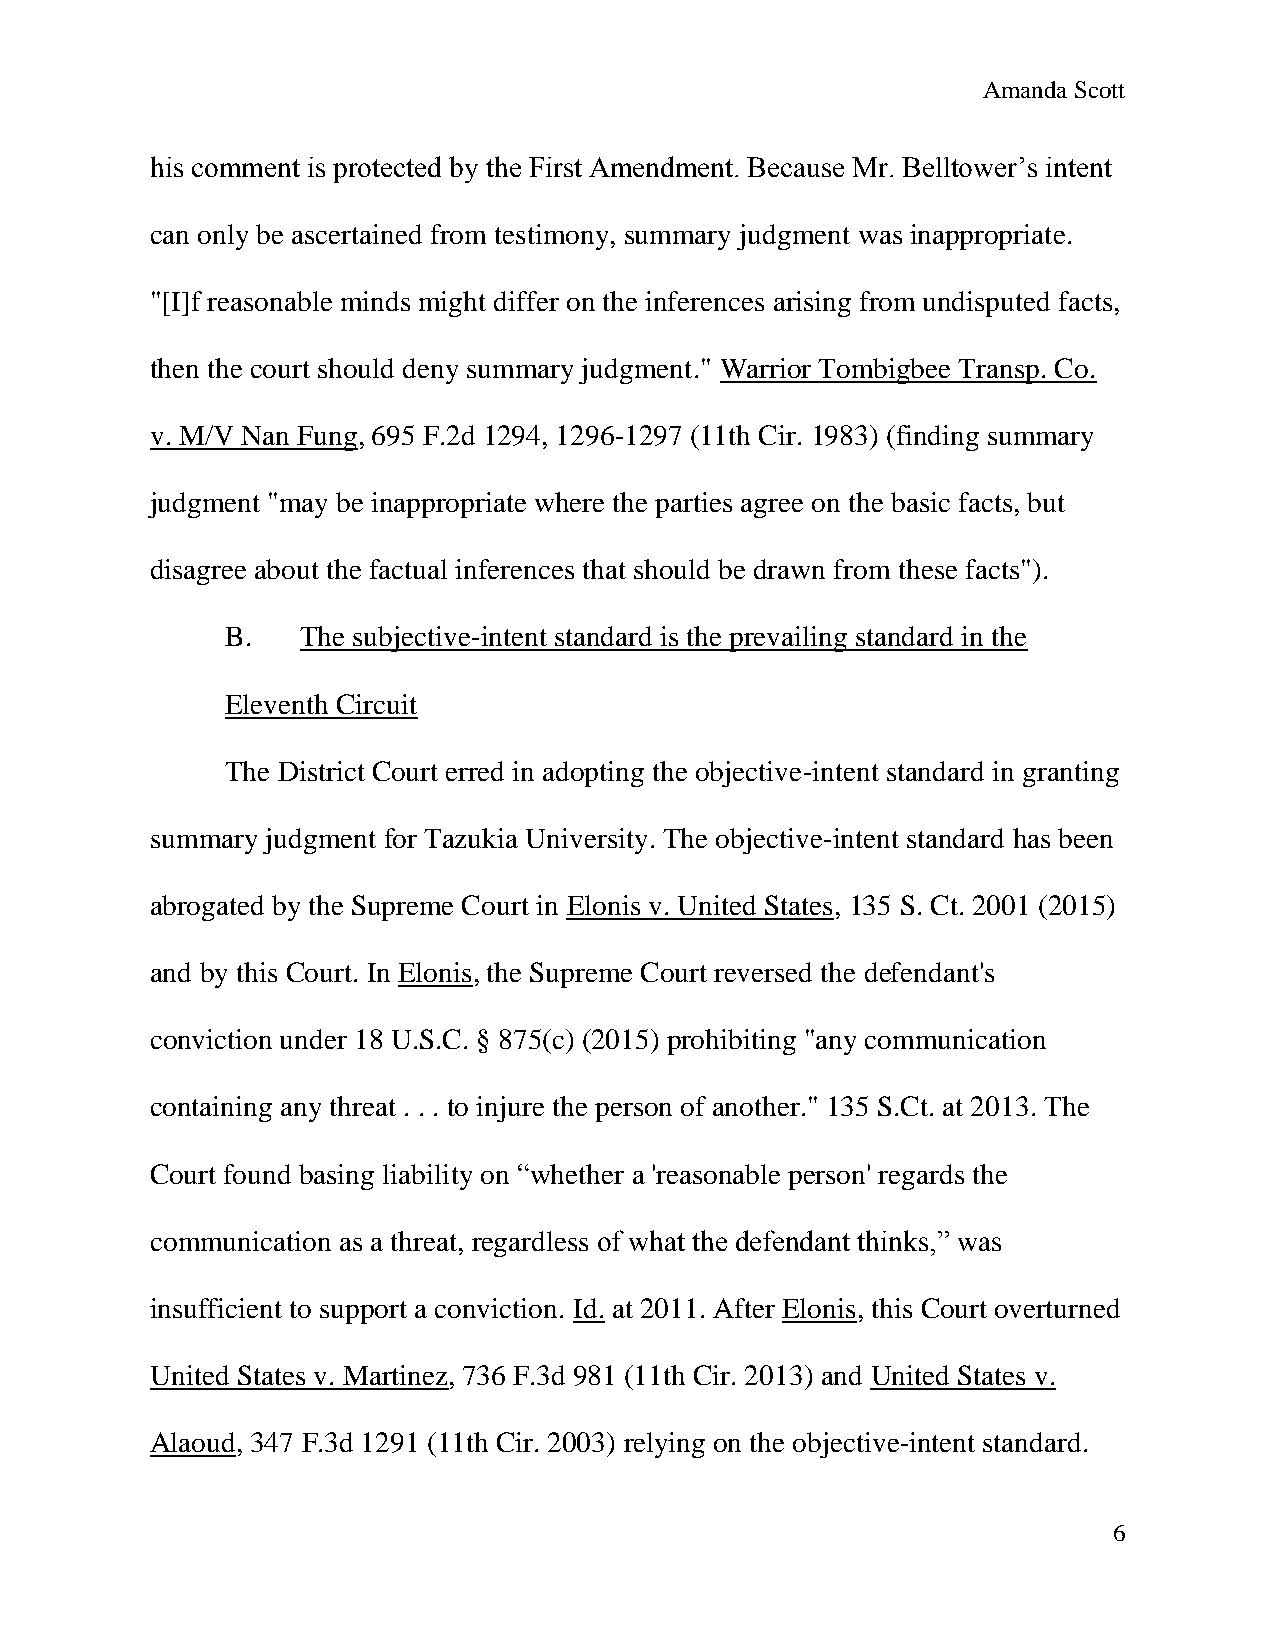
Amanda Scott
 his comment is protected by the First Amendment. Because Mr. Belltower’s intent
 can only be ascertained from testimony, summary judgment was inappropriate.
 "[I]f reasonable minds might differ on the inferences arising from undisputed facts,
 then the court should deny summary judgment." Warrior Tombigbee Transp. Co.
 v. M/V Nan Fung, 695 F.2d 1294, 1296-1297 (11th Cir. 1983) (finding summary
 judgment "may be inappropriate where the parties agree on the basic facts, but
 disagree about the factual inferences that should be drawn from these facts").
 B.   The subjective-intent standard is the prevailing standard in the
 Eleventh Circuit
 The District Court erred in adopting the objective-intent standard in granting
 summary judgment for Tazukia University. The objective-intent standard has been
 abrogated by the Supreme Court in Elonis v. United States, 135 S. Ct. 2001 (2015)
 and by this Court. In Elonis, the Supreme Court reversed the defendant's
 conviction under 18 U.S.C. § 875(c) (2015) prohibiting "any communication
 containing any threat . . . to injure the person of another." 135 S.Ct. at 2013. The
 Court found basing liability on “whether a 'reasonable person' regards the
 communication as a threat, regardless of what the defendant thinks,” was
 insufficient to support a conviction. Id. at 2011. After Elonis, this Court overturned
 United States v. Martinez, 736 F.3d 981 (11th Cir. 2013) and United States v.
 Alaoud, 347 F.3d 1291 (11th Cir. 2003) relying on the objective-intent standard.
 6